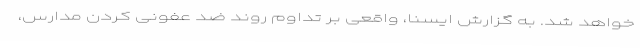
خواهد شد. به گزارش ایسنا، واقعی بر تداوم روند ضد عفونی کردن مدارس،